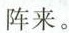
阵来。